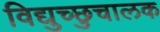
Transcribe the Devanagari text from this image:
विद्युच्छुचालक